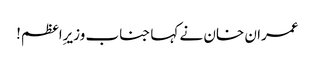
عمران خان نے کہا جناب وزیرِاعظم!